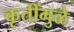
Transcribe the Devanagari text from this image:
कृतींमुळे